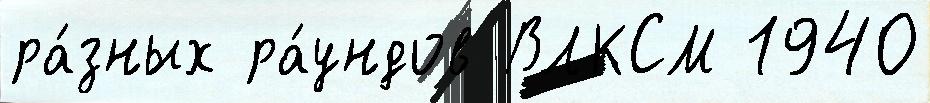
ра́зных ра́ундов ВЛКСМ 1940